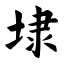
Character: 埭